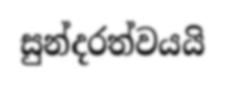
සුන්දරත්වයයි